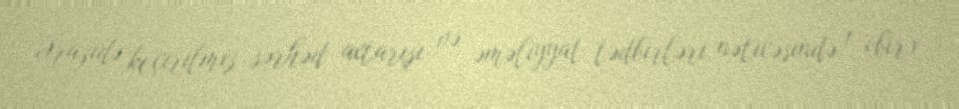
Ərazidə keçirilmiş sərhəd axtarışı və əməliyyat tədbirləri nəticəsində 1 (bir)